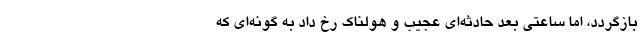
بازگردد، اما ساعتی بعد حادثه‌ای عجیب و هولناک رخ داد به گونه‌ای که